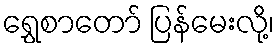
ရွှေစာတော် ပြန်မေးလို့၊